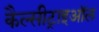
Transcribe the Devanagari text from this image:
कैल्सीट्राइऑल